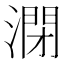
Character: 𰝁